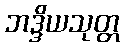
ဘဒ္ဒိယသုတ္တ